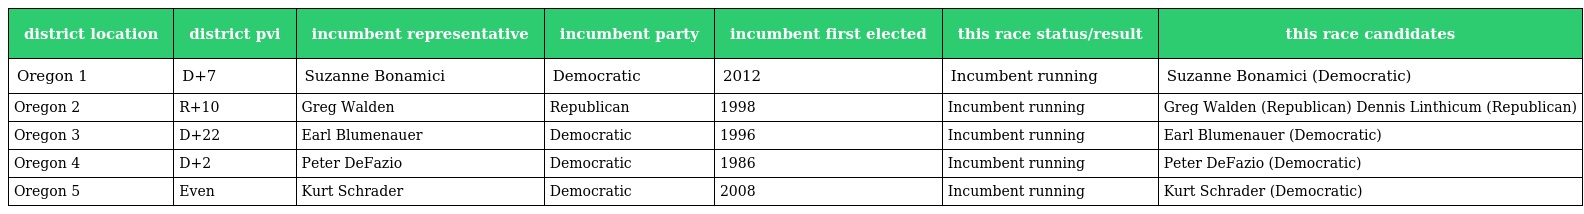
| district location | district pvi | incumbent representative | incumbent party | incumbent first elected | this race status/result | this race candidates |
 | --- | --- | --- | --- | --- | --- | --- |
 | Oregon 1 | D+7 | Suzanne Bonamici | Democratic | 2012 | Incumbent running | Suzanne Bonamici (Democratic) |
 | Oregon 2 | R+10 | Greg Walden | Republican | 1998 | Incumbent running | Greg Walden (Republican) Dennis Linthicum (Republican) |
 | Oregon 3 | D+22 | Earl Blumenauer | Democratic | 1996 | Incumbent running | Earl Blumenauer (Democratic) |
 | Oregon 4 | D+2 | Peter DeFazio | Democratic | 1986 | Incumbent running | Peter DeFazio (Democratic) |
 | Oregon 5 | Even | Kurt Schrader | Democratic | 2008 | Incumbent running | Kurt Schrader (Democratic) |